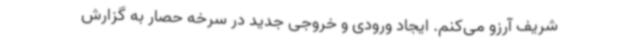
شریف آرزو می‌کنم. ایجاد ورودی و خروجی جدید در سرخه حصار به گزارش